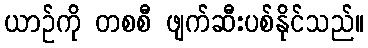
ယာဉ်ကို တစစီ ဖျက်ဆီးပစ်နိုင်သည်။